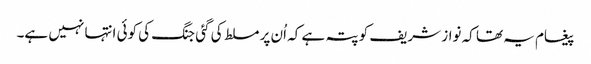
پیغام یہ تھا کہ نواز شریف کو پتہ ہے کہ اُن پر مسلط کی گئی جنگ کی کوئی انتہا نہیں ہے۔